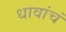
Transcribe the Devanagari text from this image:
धावांचं